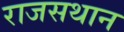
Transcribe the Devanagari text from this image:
राजसथान